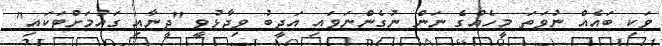
ވަކި ބައެއް ނުވަތަ މީހެއްގެ ނަން ނުގެންނަވައި އަދީބު ވިދާޅުވީ "ދީނާއި ގައުމަށްޓަކައި"